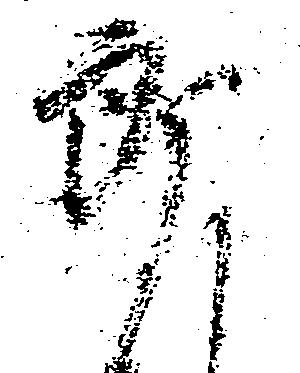
郎